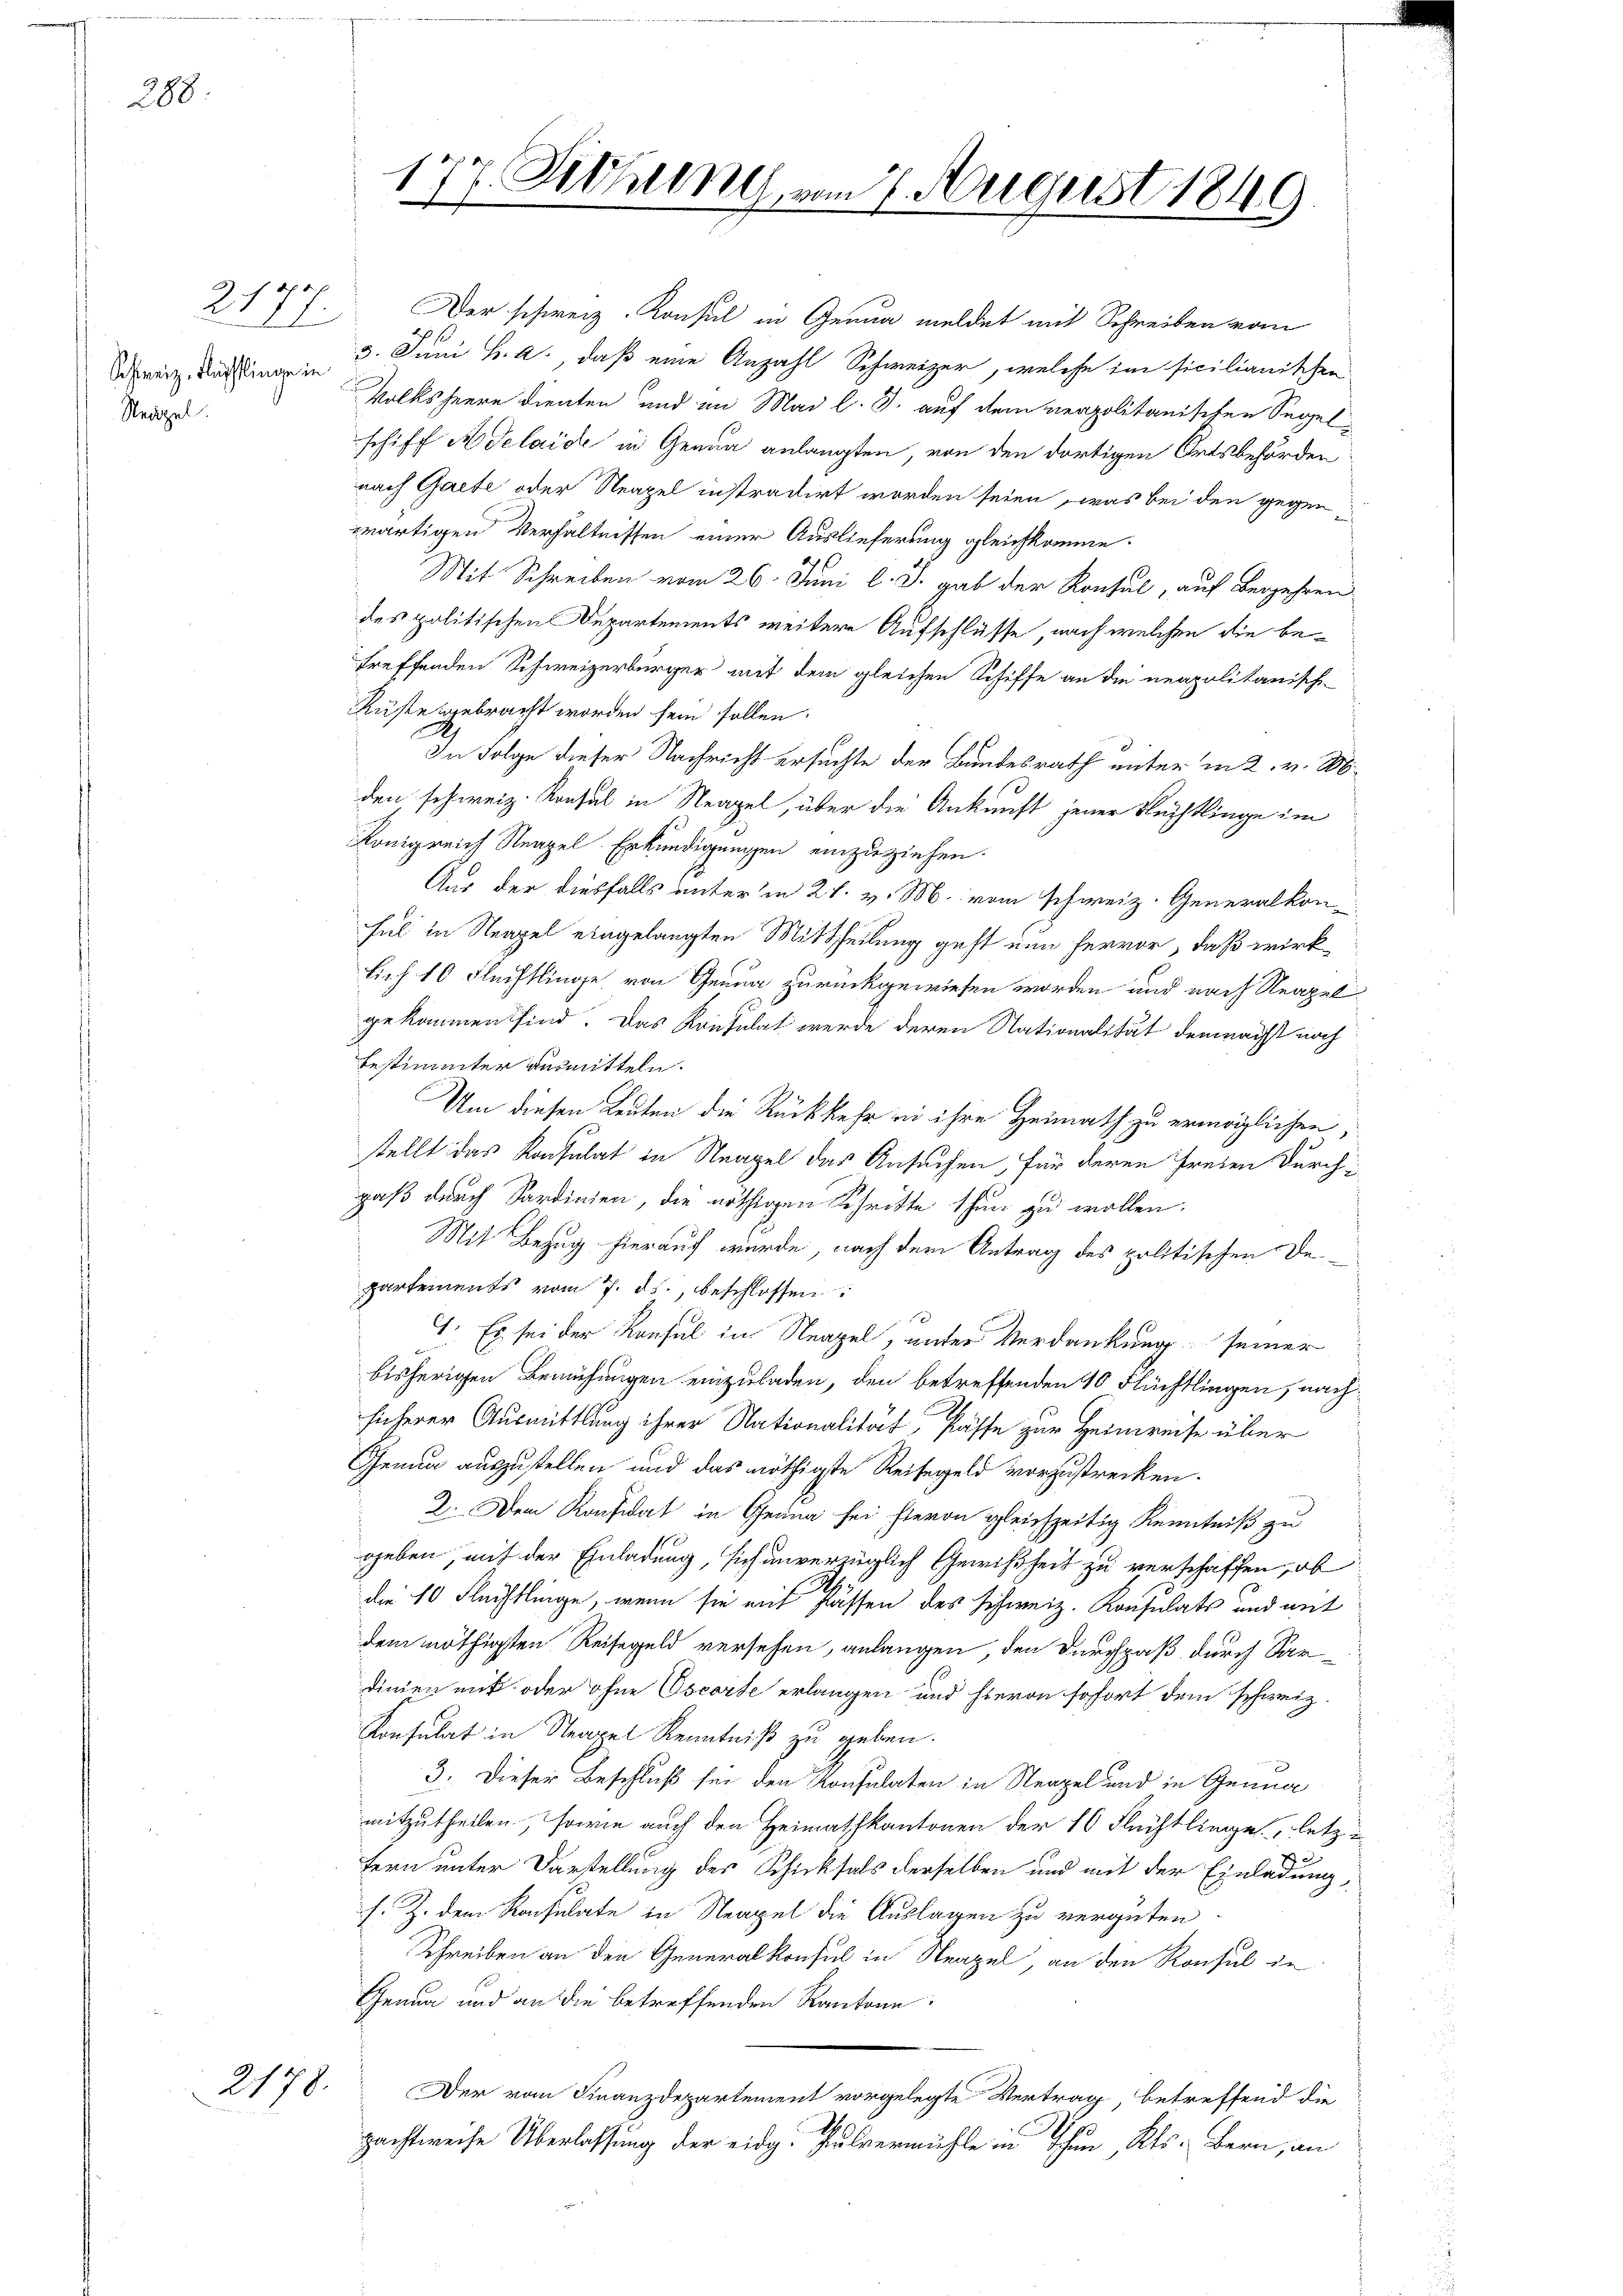
288.

7.
1
Schweiz, Flüchtlinge in
Neapel.

21

2178.

1
7. Sitzung, vom 7. August 1849

Der schweiz. Konsul in Genua meldet mit Schreiben vom
3. Juni h. a. daß eine Anzahl Schweizer, welche im sicilianischen
Volksheere dienten und im Mai l. J. auf dem neapolitanischen Segelschiff Adelaide in Genua anlangten, von den dortigen Ortsbehörden
nach Gaete oder Neapel instradirt worden seien, was bei den gegen
wärtigen Verhältnissen einer Auslieferung gleichkomme.
Mit Schreiben vom 26. Juni l. J. gab der Konsul, auf Begehren
des politischen Departements weitere Aufschlüsse, nach welchen die betreffenden Schweizerbürger mit dem gleichen Schiffe an die neapolitanisch
Küste gebracht worden sein sollen.
In Folge dieser Nachricht ersuchte der Bundesrath unter in 2. v. 16
den schweiz. Konsul in Neapel, über die Ankunft jener Rechtlinge im
Königreich Neapel Erkundigungen einzuziehen.
Aus der diesfalls unter in 21. v. M. vom schweiz. Generalkon-
Ful in Neapel eingelangten Mittheilung geht nun hervor, daß wirk
sich 10 Flechtlinge von Genug zurückgewiesen worden und nach Neapel.
gekommen sind. Das Konsulat werde deren Nationalität demnächst noch
bestimmter ausmitteln.
Um diesen Leuten die Rückkehr in ihre Heimath zu ermöglichen,
stellt das Konsulat in Neapel das Ansuchen, für deren Freien durch
gaß durch Sardinien, die nöthigen Schritte thun zu wollen.
Mit Bezug hierauf wurde, nach dem Antrag des politischen Departements vom 7. ds., beschlossen:
1. Es sei der Konsul in Neapel, unter Verdankung seiner
bisherigen Bemühungen einzuladen, den betreffenden 10 Flüchtlingen, nachsicherer Ausmittlung ihrer Nationalität fasse zur Heinweise über
Genua auszustellen und das nöthigte Reisegeld vorzustrecken.
 2. Dem Konsidat in Grana sei hievon gleichzeitig Kenntniß zu
geben, mit der Einladung, sich unverzüglich Gewißheit zu verschaffen, ob
S.
die 10 Fleistlinge, wenn sie mit Klassen des Schweiz. Konsulats und mit
dem nöthigsten Reisegeld versehen, anlangen, den Durchpaß durch Sardinien mit oder ohne Oscorte erlangen und hievon sofort dem schweiz.
Konsulat in Neapel Kenntniß zu geben.
3. Dieser Beschluß sei den Konsulaten in Neapel und in Genua
mitzutheilen, sowie auch den Heimathkantonen der 10 Flüchtlingen, letzu
fern unter Darstellung des Schicksals derselben und mit der Einladung,
s. Z. dem Konsulate in Neapel die Auslagen zu vergüten
Schreiben an den Generalkonsul in Neapel, an den Konsul in
Genua und an die betreffenden Kantone:
Der von Finanzdepartement vorgelegte Vertrag betreffend die
.
pachtweise Überlassung der eidg. Pulvermühle in Thun, Kts. Bern, an